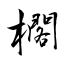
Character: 櫊